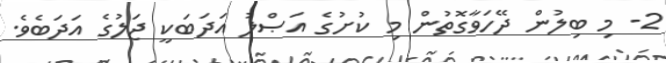
2- މި ބިލުން ދޭހަވާގޮތުން މި ކުށުގެ އަޞްލު އަދަބަކީ ޖަލުގެ އަދަބެވެ.